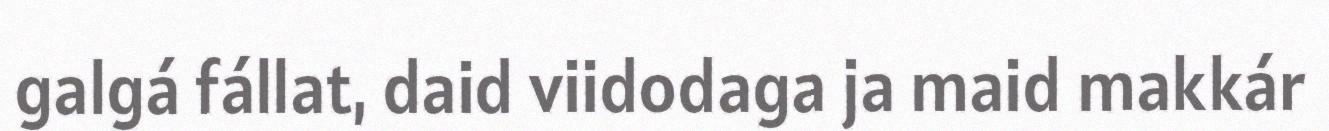
galgá fállat, daid viidodaga ja maid makkár